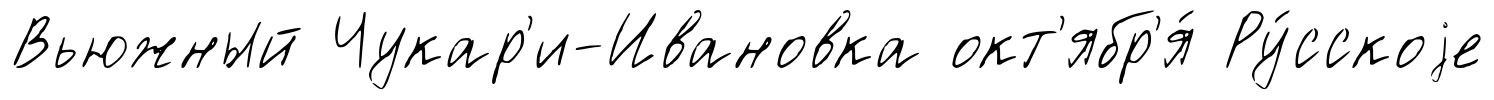
Вьюжный Чукар'и-Ивановка окт'ябр'я́ Ру́сскоjе